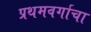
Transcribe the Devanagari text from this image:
प्रथमवर्गाचा